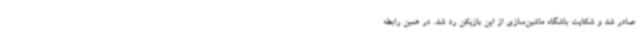
صادر شد و شکایت باشگاه ماشین‌سازی از این بازیکن رد شد. در همین رابطه